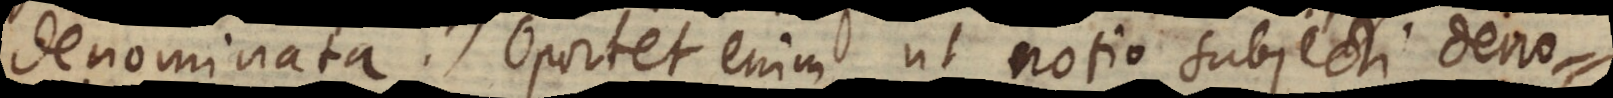
denominata. Oportet enim ut notio subjecti deno